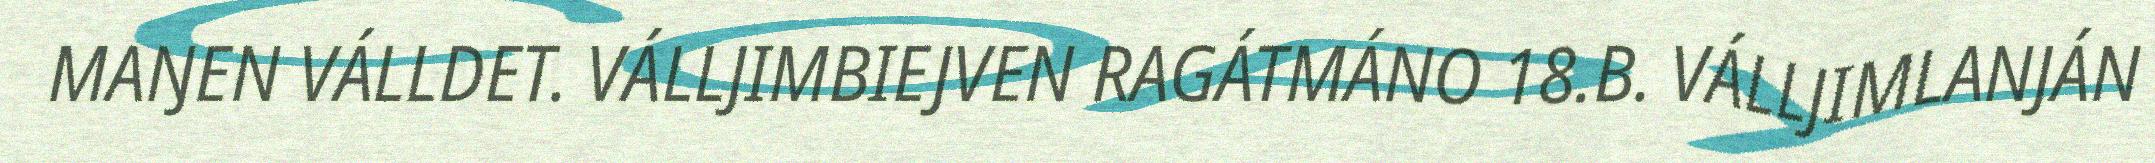
MAŊEN VÁLLDET. VÁLLJIMBIEJVEN RAGÁTMÁNO 18.B. VÁLLJIMLANJÁN